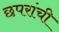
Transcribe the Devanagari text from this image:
छपरांची